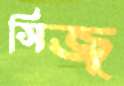
সিজ